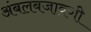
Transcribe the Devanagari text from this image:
अंबलबजावणी